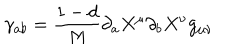
LaTeX: \gamma _ { a b } = \frac { 1 - d } { M } \partial _ { a } X ^ { \mu } \partial _ { b } X ^ { \nu } g _ { \mu \nu }